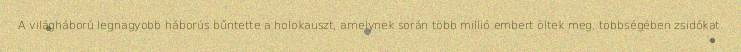
A világháború legnagyobb háborús bűntette a holokauszt, amelynek során több millió embert öltek meg, többségében zsidókat.